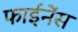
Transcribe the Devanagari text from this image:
फाईनेंस